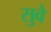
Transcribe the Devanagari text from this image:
सुवे